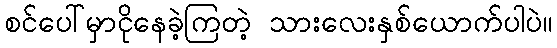
စင်ပေါ်မှာငိုနေခဲ့ကြတဲ့ သားလေးနှစ်ယောက်ပါပဲ။